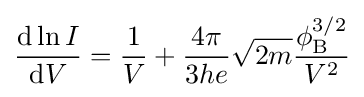
{\frac {\mathrm {d} \ln I}{\mathrm {d} V}}={\frac {1}{V}}+{\frac {4\pi }{3he}}{\sqrt {2m}}{\frac {\phi _{\text{B}}^{3/2}}{V^{2}}}